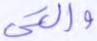
والتي